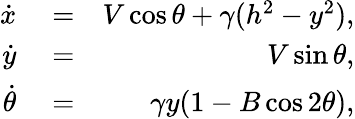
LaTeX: \begin{array}{rlr}{\dot{x}}&{{}=}&{V\cos\theta+\gamma(h^{2}-y^{2}),}\\ {\dot{y}}&{{}=}&{V\sin\theta,}\\ {\dot{\theta}}&{{}=}&{\gamma y(1-B\cos 2\theta),}\end{array}